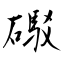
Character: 礟